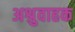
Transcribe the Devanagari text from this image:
अश्रुवाहक